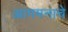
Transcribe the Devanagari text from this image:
आगमनाचे